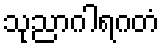
သုညာဂါရဂတံ